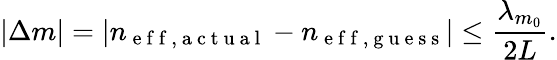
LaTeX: |\Delta m|=|n_{\mathrm{~e~f~f~,~a~c~t~u~a~l~}}-n_{\mathrm{~e~f~f~,~g~u~e~s~s~}}|\leq\frac{\lambda_{m_{0}}}{2L}.